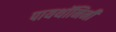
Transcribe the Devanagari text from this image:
पायथॉनिनी